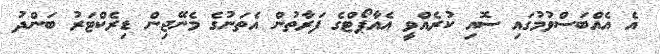
އެ އެއްބަސްވުމުގައި ސޮއި ކުރެއްވީ އެއާޕޯޓްގެ ފަރާތުން އެތަނުގެ މެނޭޖިން ޑިރެކްޓަރު ބަންދު